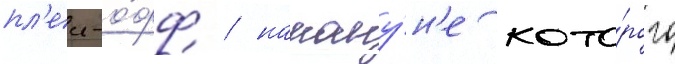
пл'еи-о́фф / накану́н'е кото́рого